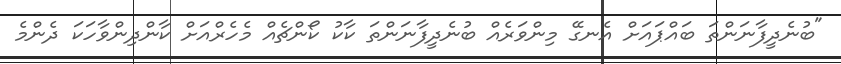
"ބުނެދީފާނަންތަ ބައްޕައަށް އެނގޭ މިންވަރެއް ބުނެދީފާނަންތަ ކާކު ކޯންޗެއް މެހެރްއަށް ކާންދިންވާހަކަ ދެންމެ